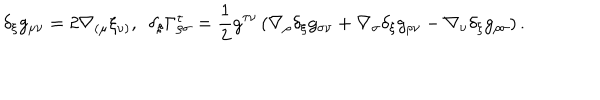
LaTeX: \delta _ { \xi } g _ { \mu \nu } = 2 \nabla _ { ( \mu } \xi _ { \nu ) } , \ \ \delta _ { \xi } \Gamma _ { \rho \sigma } ^ { \tau } = \frac { 1 } { 2 } g ^ { \tau \nu } \left( \nabla _ { \rho } \delta _ { \xi } g _ { \sigma \nu } + \nabla _ { \sigma } \delta _ { \xi } g _ { \rho \nu } - \nabla _ { \nu } \delta _ { \xi } g _ { \rho \sigma } \right) .